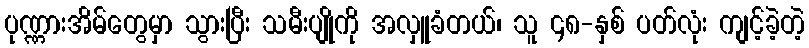
ပုဏ္ဏားအိမ်တွေမှာ သွားပြီး သမီးပျိုကို အလှူခံတယ်၊ သူ ၄၈-နှစ် ပတ်လုံး ကျင့်ခဲ့တဲ့